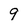
Character: 9